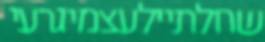
שחלתיילעצמיגרעי